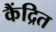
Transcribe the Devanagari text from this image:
कैंद्रित